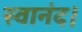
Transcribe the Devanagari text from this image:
स्वानंद।